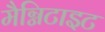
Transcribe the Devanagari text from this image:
मैग्निटाइट